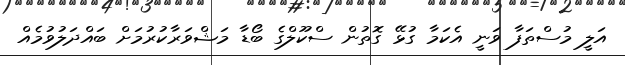
އަލީ މުސްތަފާ ވަނީ އެކަމާ ގުޅޭ ގޮތުން ސްކޫލްގެ ބޯޑާ މަޝްވަރާކުރުމަށް ބައްދަލުވުމެއް